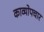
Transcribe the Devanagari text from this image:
काव्योपचार